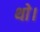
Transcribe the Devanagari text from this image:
थाे।